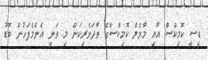
ޑީސީ ކޮމިކްސް އާއި މާވެލް ކޮމިކްސްގެ ވާދަވެރިކަން މި ވަނީ އެންމެފަހުން ބޮޑު